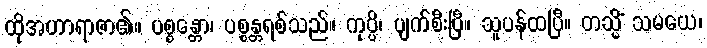
ထိုအဟာရာဇာ၏။ ပစ္စန္တော၊ ပစ္စန္တရစ်သည်။ ကုပ္ပိ၊ ပျက်စီးပြီ။ သူပန်ထပြီ။ တသ္မိံ သမယေ၊